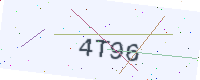
Text: 4T96